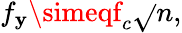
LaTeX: f_{\mathbf{y}}\simeqf_{c}\sqrt{}{{n}},